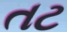
તટ